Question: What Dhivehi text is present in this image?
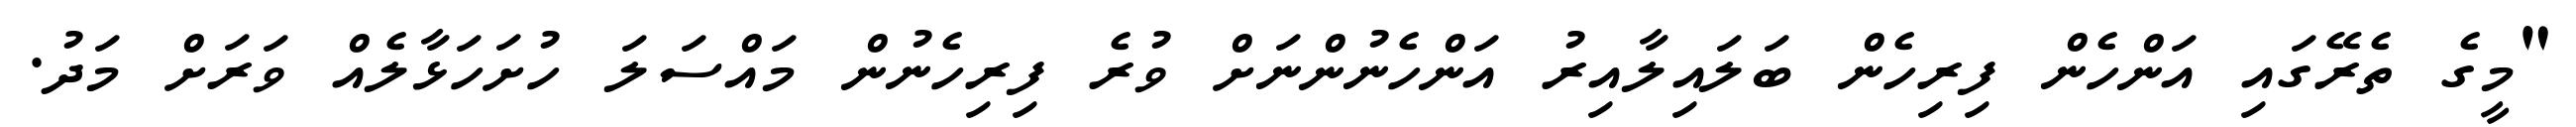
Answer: "މީގެ ތެރޭގައި އަންހެން ފިރިހެން ބަލައިލާއިރު އަންހެނުންނަށް ވުރެ ފިރިހެނުން މައްސަލަ ހުށަހަޅާލެއް ވަރަށް މަދު.